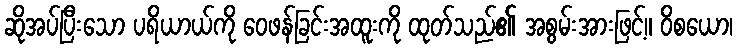
ဆိုအပ်ပြီးသော ပရိယာယ်ကို ဝေဖန်ခြင်းအထူးကို ထုတ်သည်၏ အစွမ်းအားဖြင့်။ ဝိစယော၊